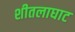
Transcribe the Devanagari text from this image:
शीतलाघाट